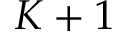
K + 1